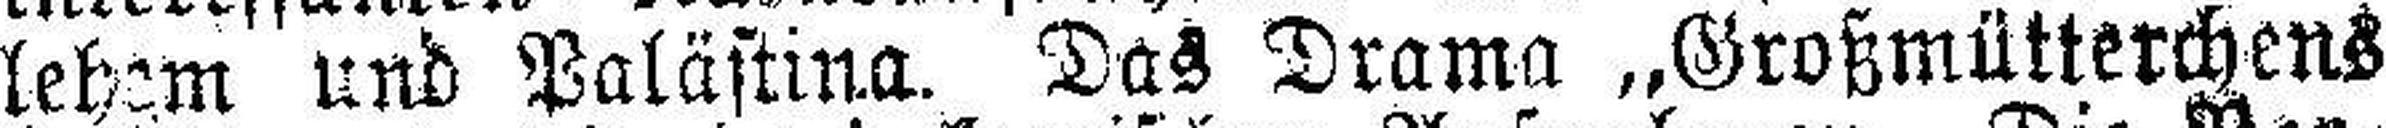
lehem und Palästina. Das Drama „Großmütterchens